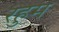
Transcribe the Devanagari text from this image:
रहुम